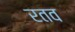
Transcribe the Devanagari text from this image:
रतव